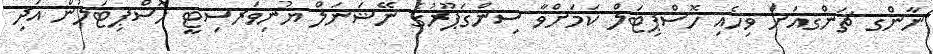
ނާންގ ޗަންގއަށް ވިހެއި ހޮސްޕިޓަލް ކަމަށްވާ ސިންގަޕޫރުގެ ނޭޝަނަލް ޔުނިވަރސިޓީ ހޮސްޕިޓަލުން އަދި